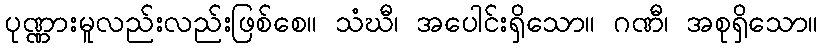
ပုဏ္ဏားမူလည်းလည်းဖြစ်စေ။ သံဃီ၊ အပေါင်းရှိသော။ ဂဏီ၊ အစုရှိသော။